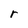
Character: r